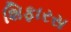
શિફારસ